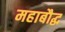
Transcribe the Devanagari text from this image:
महाबौद्ध